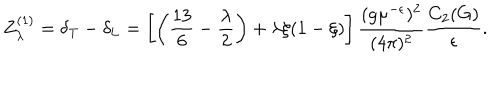
Z _ { \lambda } ^ { ( 1 ) } = \delta _ { \mathrm { T } } - \delta _ { \mathrm { L } } = \left[ \left( \frac { 1 3 } 6 - \frac \lambda 2 \right) + \lambda \xi ( 1 - \xi ) \right] \frac { ( g \mu ^ { - \epsilon } ) ^ { 2 } } { ( 4 \pi ) ^ { 2 } } \frac { C _ { 2 } ( G ) } { \epsilon } .